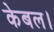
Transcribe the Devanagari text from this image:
केबल।